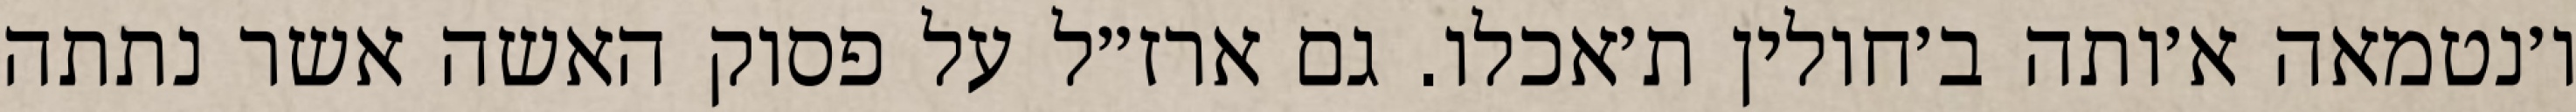
ו׳נטמאה א׳ותה ב׳חולין ת׳אכלו. גם ארז״ל על פסוק האשה אשר נתתה